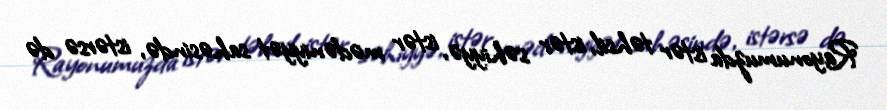
Rayonumuzda istər təhsil, istər səhiyyə, istər mədəniyyət sahəsində, istərsə də